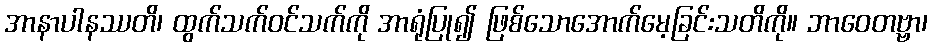
အာနာပါနဿတိ၊ ထွက်သက်ဝင်သက်ကို အာရုံပြု၍ ဖြစ်သောအောက်မေ့ခြင်းသတိကို။ ဘာဝေတဗ္ဗာ၊